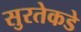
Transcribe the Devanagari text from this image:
सुरतेकडे